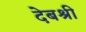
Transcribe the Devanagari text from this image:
देबश्री